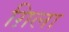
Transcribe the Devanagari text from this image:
ग़िला